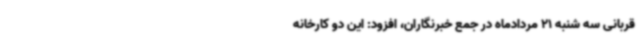
قربانی سه شنبه 21 مردادماه در جمع خبرنگاران، افزود: این دو کارخانه